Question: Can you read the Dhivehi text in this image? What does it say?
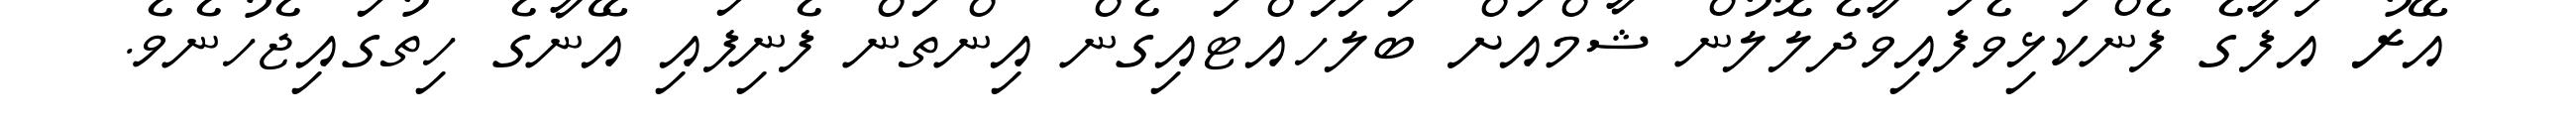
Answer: އޭރު އަފާގެ ފެންކަޅިވެފައިވާދެލޮލުން ޝާމްއަށް ބަލަހައްޓައިގެން އިންތަން ފެނިފައި އޭނާގެ ހިތުގައިޖެހުނެވެ.